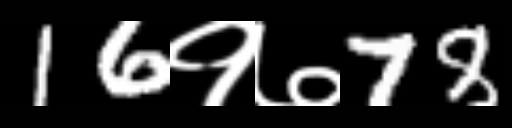
Text: 16१७78